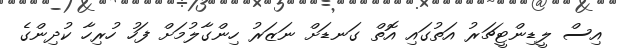
އިސް ލީޑިންޓީޗަރު އަތުގައި އޮތް ގަނޑަށް ނަޒަރު ހިންގާލުމަށް ފަހު ހުރިހާ ކުދިންގެ